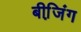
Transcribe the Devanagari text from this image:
बीजि़ंग